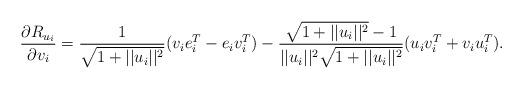
LaTeX: \begin{align*}\frac{\partial R_{u_i}}{\partial v_i}=\frac{1}{\sqrt{1+||u_i||^2}} (v_i e_i^T - e_i v_i^T)- \frac{\sqrt{1+||u_i||^2}-1}{||u_i||^2 \sqrt{1+||u_i||^2}}(u_i v_i^T + v_i u_i^T).\end{align*}